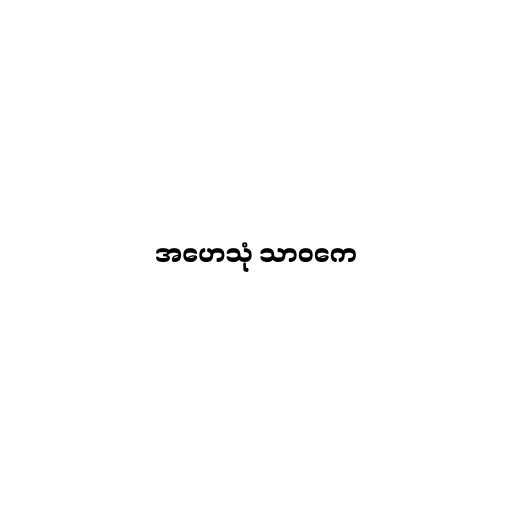
အဟေသုံ သာဝကေ